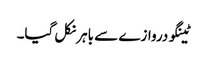
ٹینگو دروازے سے باہر نکل گیا۔